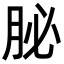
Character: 䏟